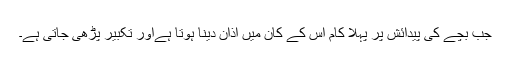
جب بچے کی پیدائش پر پہلا کام اس کے کان میں اذان دینا ہوتا ہےاور تکبیر پڑھی جاتی ہے۔